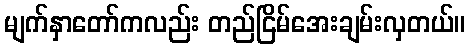
မျက်နှာတော်ကလည်း တည်ငြိမ်အေးချမ်းလှတယ်။